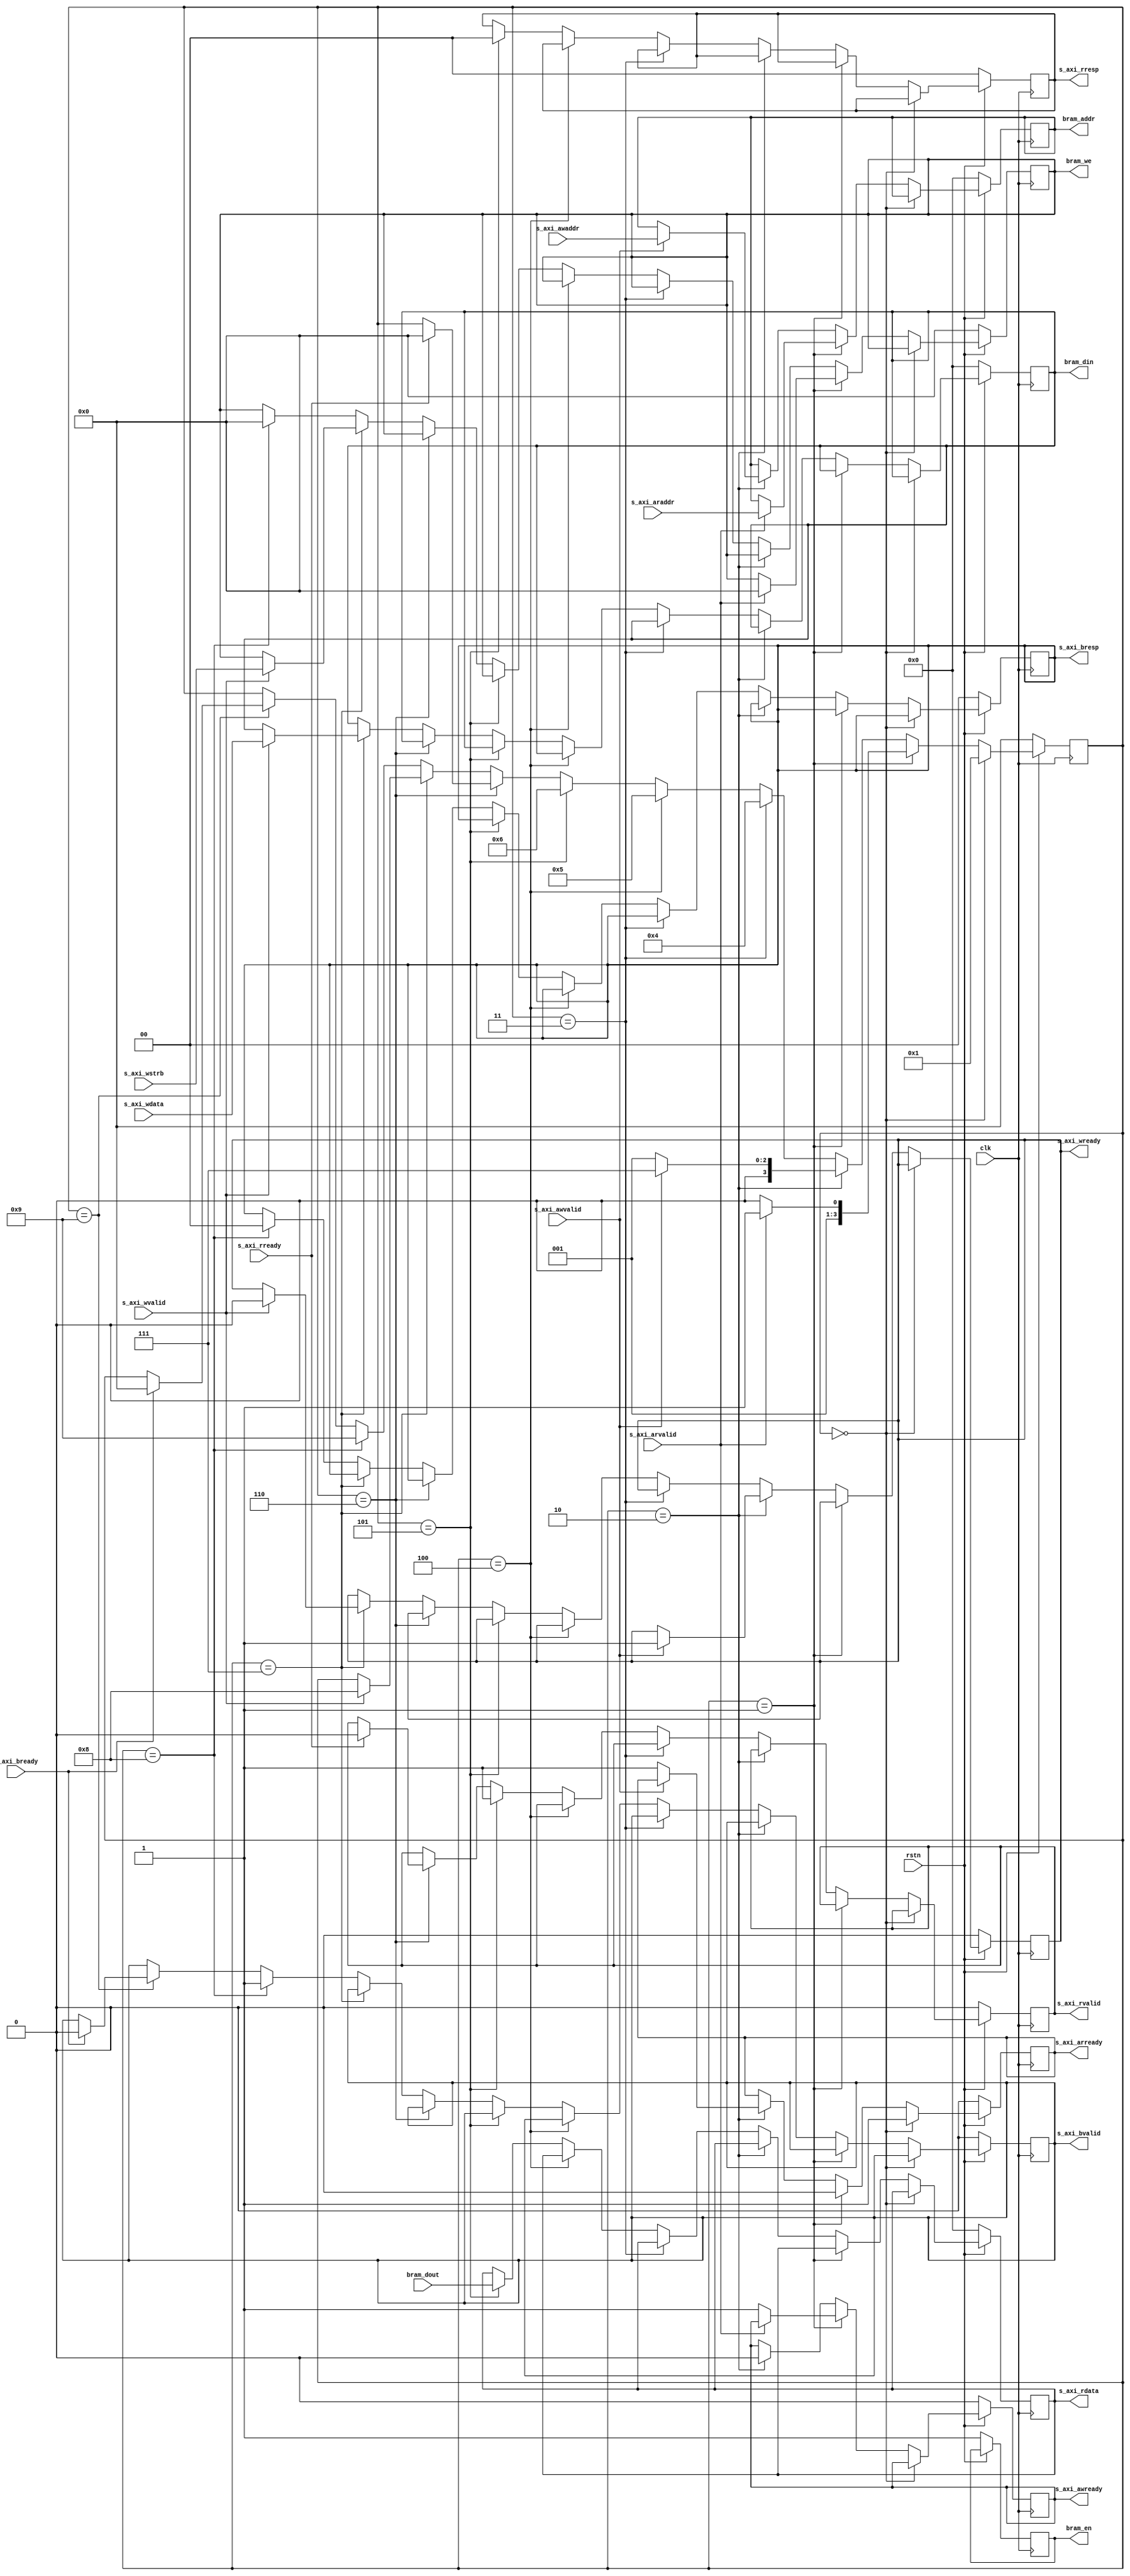
module BramController (
	input wire clk,
	input wire rstn,

	//axi
	input wire [31:0] s_axi_araddr,
	output reg s_axi_arready,
	input wire s_axi_arvalid,

	input wire [31:0] s_axi_awaddr,
	output reg s_axi_awready,
	input wire s_axi_awvalid,

	input wire s_axi_bready,
	output reg [1:0] s_axi_bresp,
	output reg s_axi_bvalid,

	output reg [31:0] s_axi_rdata,
	input wire s_axi_rready,
	output reg [1:0] s_axi_rresp,
	output reg s_axi_rvalid,

	input wire [31:0] s_axi_wdata,
	output reg s_axi_wready,
	input wire [3:0] s_axi_wstrb,
	input wire s_axi_wvalid,
	
	//bram
	output reg [31:0] bram_addr,
	output reg [31:0] bram_din,
	input wire  [31:0] bram_dout,
	output reg bram_en,
	output reg [3:0] bram_we
	);

	//assume addr 4byte aligned
	// memory optional output reg used !!!

	reg [3:0] state;

	always @(posedge clk) begin
		if(~rstn) begin
			s_axi_arready <= 0;
			s_axi_awready <= 0;
			s_axi_bresp <= 0;
			s_axi_bvalid <= 0;
			s_axi_rdata <= 0;
			s_axi_rresp <= 0;
			s_axi_rvalid <= 0;
			s_axi_wready <= 0;
			
			bram_addr <= 0;
			bram_din <= 0;
			bram_en <= 1;
			bram_we <= 0;

			state <= 0;
		end else if (state == 0) begin
			s_axi_arready <= 1;
			state <= 1;
		end else if (state == 1) begin
			s_axi_arready <= 0;
			if (s_axi_arvalid) begin
				bram_addr <= s_axi_araddr;
				bram_we <= 0;
				state <= 3;
			end else begin
				s_axi_awready <= 1;
				state <= 2;
			end
		end else if (state == 2) begin
			s_axi_awready <= 0;
			if(s_axi_awvalid) begin
				bram_addr <= s_axi_awaddr;
				s_axi_wready <= 1;
				state <= 7;
			end else begin
				s_axi_arready <= 1;
				state <= 1;
			end
		end else if (state == 3) begin // read
			state <= 4;
		end else if (state == 4) begin
			state <= 5;
		end else if (state == 5) begin
			s_axi_rdata <= bram_dout;	
			s_axi_rresp <= 2'b00; // not used
			s_axi_rvalid <= 1;
			state <= 6;
		end else if (state == 6) begin
			if(s_axi_rready) begin
				s_axi_rvalid <= 0;
				state <= 0;
			end
		end else if(state == 7) begin // write
			if(s_axi_wvalid) begin
				s_axi_wready <= 0;
				bram_din <= s_axi_wdata;
				bram_we <= s_axi_wstrb;
				state <= 8;
			end
		end else if(state == 8) begin
			bram_we <= 0;
			s_axi_bresp <= 2'b00; // not used
			s_axi_bvalid <= 1;
			state <= 9;
		end else if(state == 9) begin
			if(s_axi_bready) begin
				s_axi_bvalid <= 0;
				state <= 0;
			end
		end
	end
endmodule